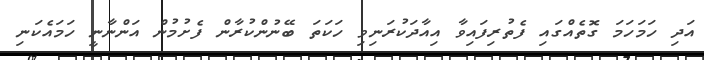
އަދި ހަމަހަމަ ގޮތެއްގައި ފެތުރިފައިވާ އިއާދަކުރަނިވި ހަކަތަ ބޭނުންކުރާން ފެށުމުން އަންނާނީ ހަމައެކަނި